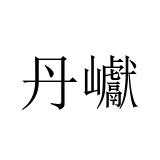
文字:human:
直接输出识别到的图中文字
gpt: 丹巘